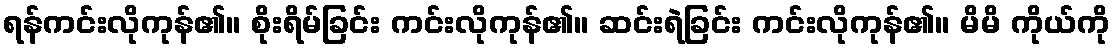
ရန်ကင်းလိုကုန်၏။ စိုးရိမ်ခြင်း ကင်းလိုကုန်၏။ ဆင်းရဲခြင်း ကင်းလိုကုန်၏။ မိမိ ကိုယ်ကို